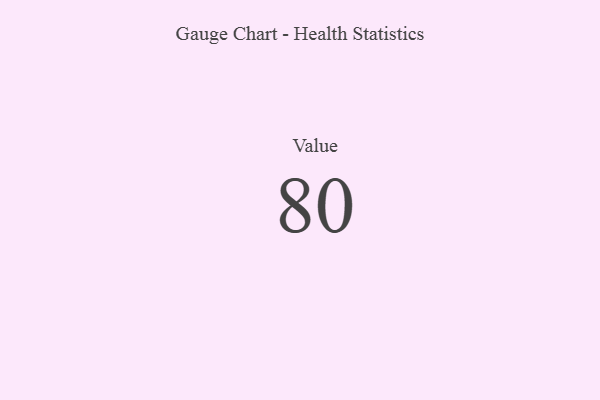
{"axis": {"x": "Metric", "y": "Value"}, "legend": [""], "data": [{"x": "Value", "y": 80, "type": ""}]}